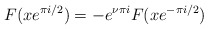
\begin{align*}F(xe^{\pi i/2})=-e^{\nu \pi i}F(xe^{-\pi i/2})\end{align*}